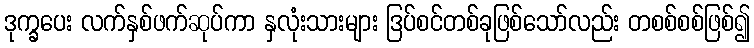
ဒုက္ခပေး လက်နှစ်ဖက်ဆုပ်ကာ နှလုံးသားများ ဒြပ်စင်တစ်ခုဖြစ်သော်လည်း တစစ်စစ်ဖြစ်၍